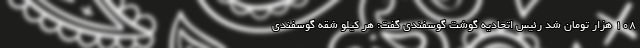
108 هزار تومان شد رئیس اتحادیه گوشت گوسفندی گفت: هر کیلو شقه گوسفندی